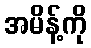
အမိန့်ကို